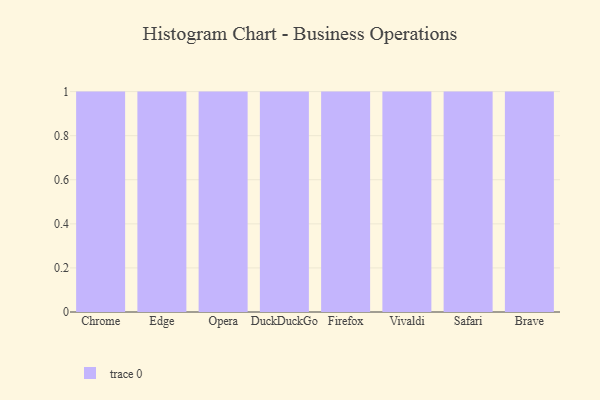
{"axis": {"x": "Browser", "y": "Demand Index"}, "legend": [""], "data": [{"x": "Chrome", "y": 70, "type": ""}, {"x": "Edge", "y": 21, "type": ""}, {"x": "Opera", "y": 91, "type": ""}, {"x": "DuckDuckGo", "y": 31, "type": ""}, {"x": "Firefox", "y": 44, "type": ""}, {"x": "Vivaldi", "y": 1, "type": ""}, {"x": "Safari", "y": 86, "type": ""}, {"x": "Brave", "y": 56, "type": ""}]}